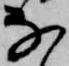
な